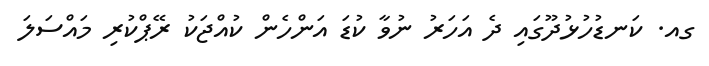
ގއ. ކަނޑުހުޅުދޫގައި ދެ އަހަރު ނުވާ ކުޑަ އަންހެން ކުއްޖަކު ރޭޕްކުރި މައްސަލަ